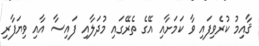
ޤާއިމު ކުރެވިފައި ވާ ކަމަށާއި އޭގެ ތެރޭގައި މުދަލާއި ފައިސާ އާއި ވިޔަފާރި